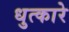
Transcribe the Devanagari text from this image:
धुत्कारे